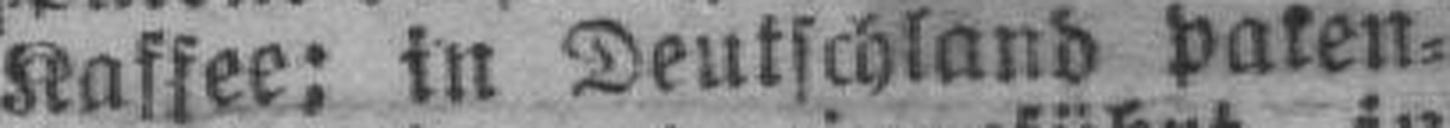
Kaffee; in Deutschland paten¬